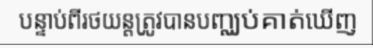
បន្ទាប់ពីរថយន្តត្រូវបានបញ្ឈប់គាត់ឃើញ